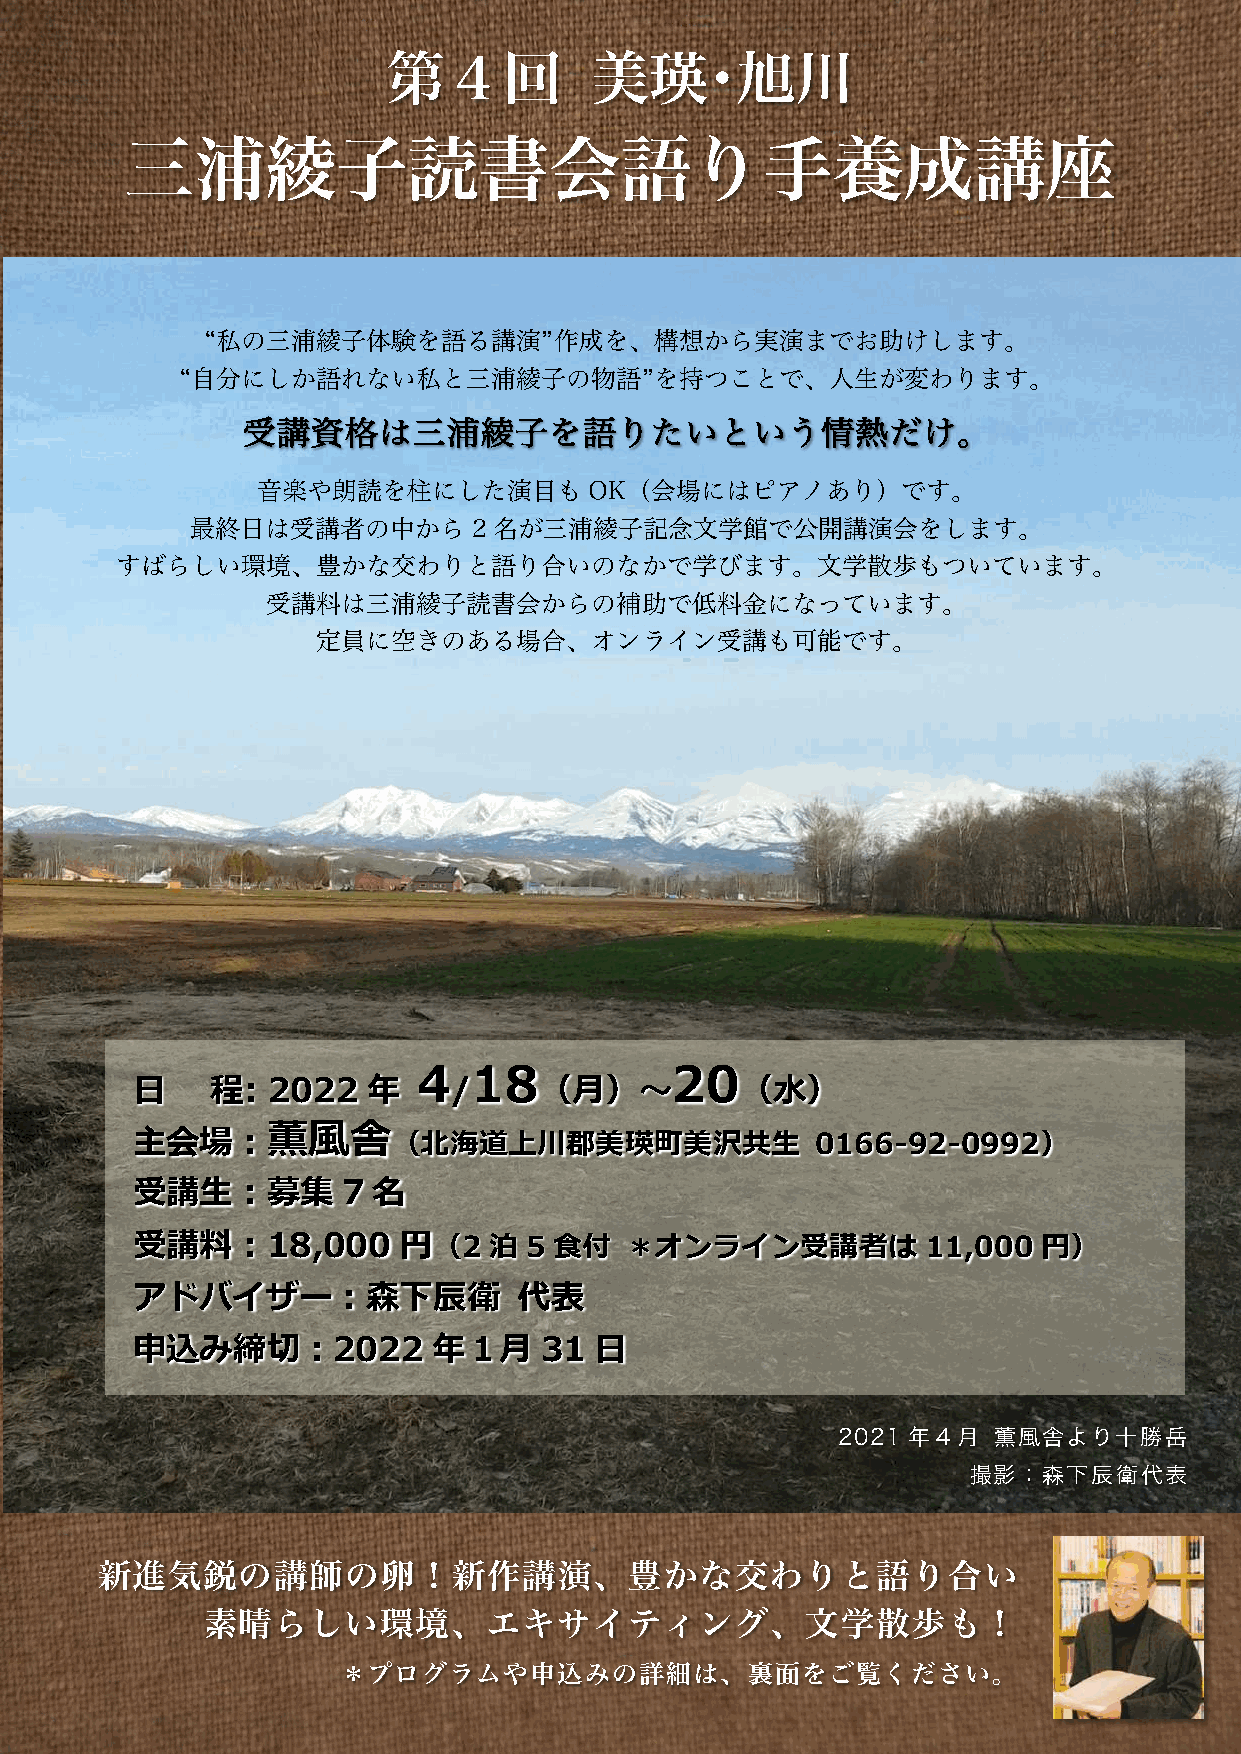
第４回          美瑛･旭川
 三浦綾子読書会語り手養成講座
 “私の三浦綾子体験を語る講演”作成を、構想から実演までお助けします。
 “自分にしか語れない私と三浦綾子の物語”を持つことで、人生が変わります。
 受講資格は三浦綾子を語りたいという情熱だけ。
 音楽や朗読を柱にした演目も         OK（会場にはピアノあり）です。
 最終日は受講者の中から2名が三浦綾子記念文学館で公開講演会をします。
 す ばらしい環境、豊かな交わりと語り合いのなかで学びます。文学散歩もついています。
 受講料は三浦綾子読書会からの補助で低料金になっています。
 定員に空きのある場合、オンライン受講も可能です。
 4  18           20
 ⽇    程:  2022  年     /     （⽉）〜         （⽔）
 主会場︓薫⾵舎
 （北海道上川郡美瑛町美沢共⽣              0166-92-0992）
 受講⽣︓募集        7 名
 受講料︓18,000       円（2   泊  5 ⾷付  ＊オンライン受講者は          11,000  円）
 アドバイザー︓森下⾠衛              代表
 申込み締切︓2022          年１⽉    31 ⽇
 2021 年４月   薫風舎より十勝岳
 撮影：森下辰衛代表
 新進気鋭の講師の卵！新作講演、豊かな交わりと語り合い
 素晴らしい環境、エキサイティング、文学散歩も！
 ＊プログラムや申込みの詳細は、裏面をご覧ください。